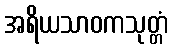
အရိယသာဝကသုတ္တံ